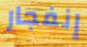
إنفجار